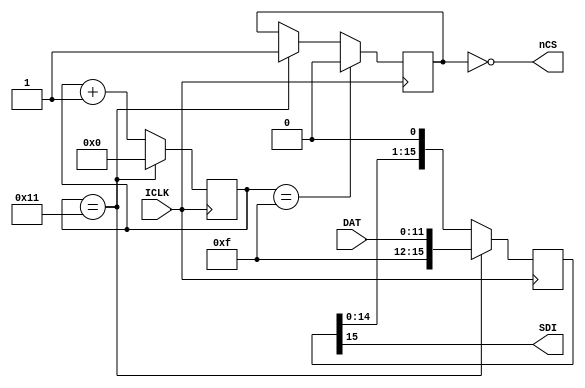
module SPI (
	input ICLK,
	input [11:0] DAT,
	output nCS,
	output SDI
);

	// base 18 counter
	reg [4:0] cnt;
	always @(posedge ICLK) begin
		if (cnt == 5'd17)
			cnt = 0;
		else
			cnt = cnt + 1;
	end

	// CS
	reg cs;
	always @(negedge ICLK) begin
		if (cnt == 5'd17)
			cs = 1'b1;
		if (cnt == 5'd15)
			cs = 1'b0;			
	end
	assign nCS = ~cs;
	
	// 16 bit shift register
	reg [15:0] sreg;
	always @(negedge ICLK) begin
		if (cnt == 5'd17) begin
			// load command and data into sreg
			sreg = {4'b1111, DAT};
		end
		else begin
			// shift
			sreg = {sreg[14:0], 1'b0};
		end
	end
	
	// SDI
	assign SDI = sreg[15];

endmodule